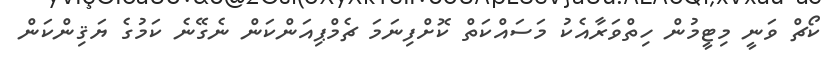
ކޯޗް ވަނީ މިޓީމުން ހިތްވަރާއެކު މަސައްކަތް ކޮށްފިނަމަ ޗެމްޕިއަންކަން ނެގޭނެ ކަމުގެ ޔަޤިންކަން